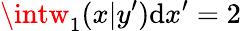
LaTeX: \intw_{1}(x|y^{\prime})\mathrm{d}x^{\prime}=2